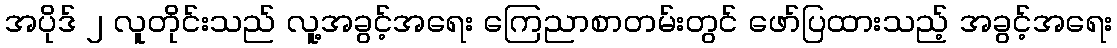
အပိုဒ် ၂ လူတိုင်းသည် လူ့အခွင့်အရေး ကြေညာစာတမ်းတွင် ဖော်ပြထားသည့် အခွင့်အရေး